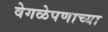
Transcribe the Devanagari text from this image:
वेगळेपणाच्या